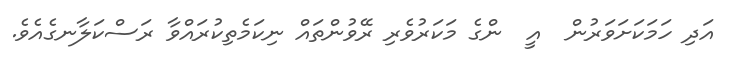
އަދި ހަމަކަށަވަރުން  އީ  ންގެ މަކަރުވެރި ރޭވުންތައް ނިކަމެތިކުރައްވާ ރަސްކަލާނގެއެވެ.